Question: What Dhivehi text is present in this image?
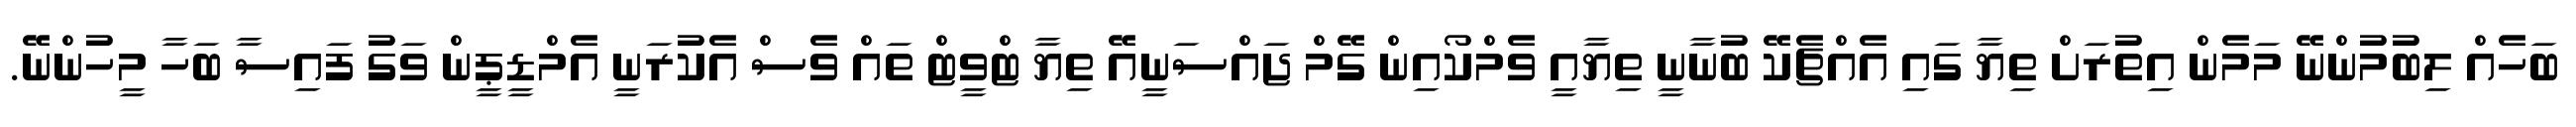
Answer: ބަހެއް ލިބުމުންނޭ މަމެން އިތުރަށް ތިޔާ ގައި އެއްޗެކޭ ބުނާނީ ތިޔާއީ ވެމްކޯއިން ގޭމް ޖައްސަނީއޭ ތިޔާ ޓްވީޓް ތައް ވެސް އެކުރަނީ އެމްޑީޕީން ވަގު ފައިސާ ބަހާ މީހުންނޭ.